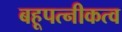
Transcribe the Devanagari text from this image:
बहूपत्नीकत्व